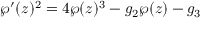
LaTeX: \wp ^ { \prime } ( z ) ^ { 2 } = 4 \wp ( z ) ^ { 3 } - g _ { 2 } \wp ( z ) - g _ { 3 }